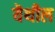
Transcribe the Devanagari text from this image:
यॆथील